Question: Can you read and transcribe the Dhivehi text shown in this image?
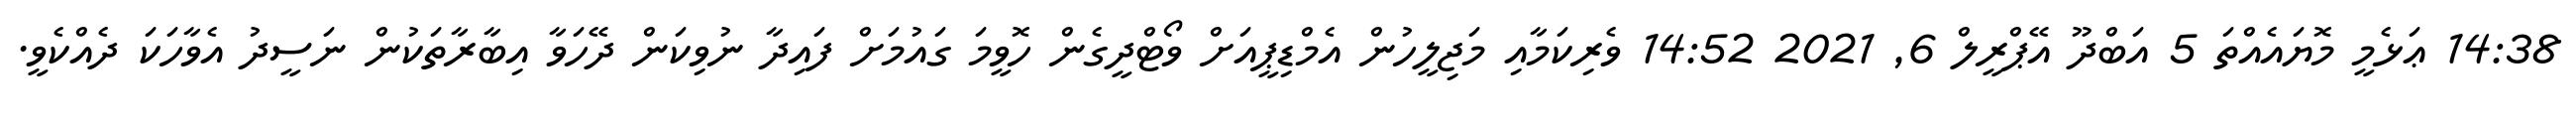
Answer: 14:38 ޢަޅެމީ މޮޔައެއްތަ 5 އަބްދޫ އޭޕްރީލް 6, 2021 14:52 ވެރިކަމާއި މަޖިލީހުން އެމްޑިޕީއަށް ވޯޓްދީގެން ހޮވީމަ ގައުމަށް ފައިދާ ނުވިކަން ދޭހަވާ އިބާރާތަކުން ނަސީދު އެވާހަކަ ދެއްކެވީ.